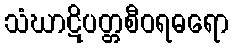
သံဃာဋိပတ္တစီဝရဓရော